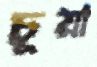
চূয়া